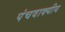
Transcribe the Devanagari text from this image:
पंचवाक्यीय